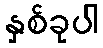
နှစ်ခုပါ